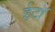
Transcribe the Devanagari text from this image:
ईटॉ